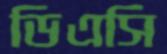
ডিএসি